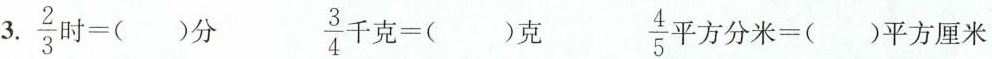
3.$$\frac { 2 } { 3 }时=()分$$ $$\frac { 3 }{ 4 }时=()分$$ $$\frac { 4 } { 5 }平方分米=()平方厘米$$